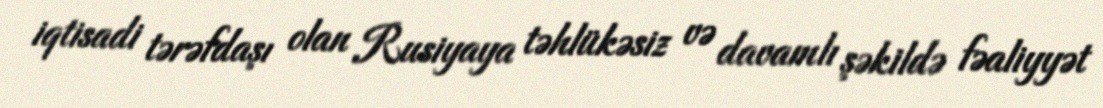
iqtisadi tərəfdaşı olan Rusiyaya təhlükəsiz və davamlı şəkildə fəaliyyət